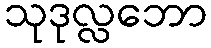
သုဒုလ္လဘော